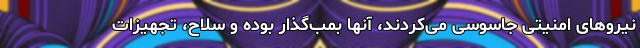
نیروهای امنیتی جاسوسی می‌کردند، آنها بمب‌گذار بوده و سلاح‌، تجهیزات